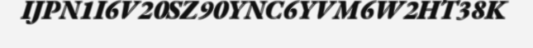
IJPN1I6V20SZ90YNC6YVM6W2HT38K